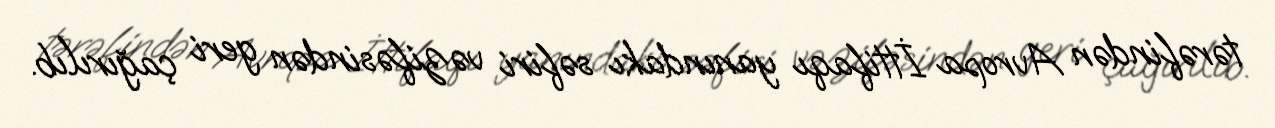
tərəfindən Avropa İttifaqı yanındakı səfiri vəzifəsindən geri çağırılıb.